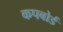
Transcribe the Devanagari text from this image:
कपबोर्ड